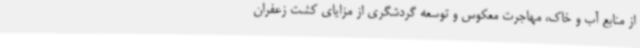
از منابع آب و خاک، مهاجرت معکوس و توسعه گردشگری از مزایای کشت زعفران